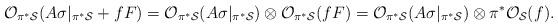
LaTeX: \begin{align*}{\cal O}_{\pi^* {\cal S}}(A \sigma|_{\pi^{*}{\cal S}}+fF)={\cal O}_{\pi^* {\cal S}}(A \sigma|_{\pi^{*}{\cal S}}) \otimes{\cal O}_{\pi^* {\cal S}}(fF)={\cal O}_{\pi^* {\cal S}}(A \sigma|_{\pi^{*}{\cal S}}) \otimes\pi^* {\cal O}_{{\cal S}}(f).\end{align*}